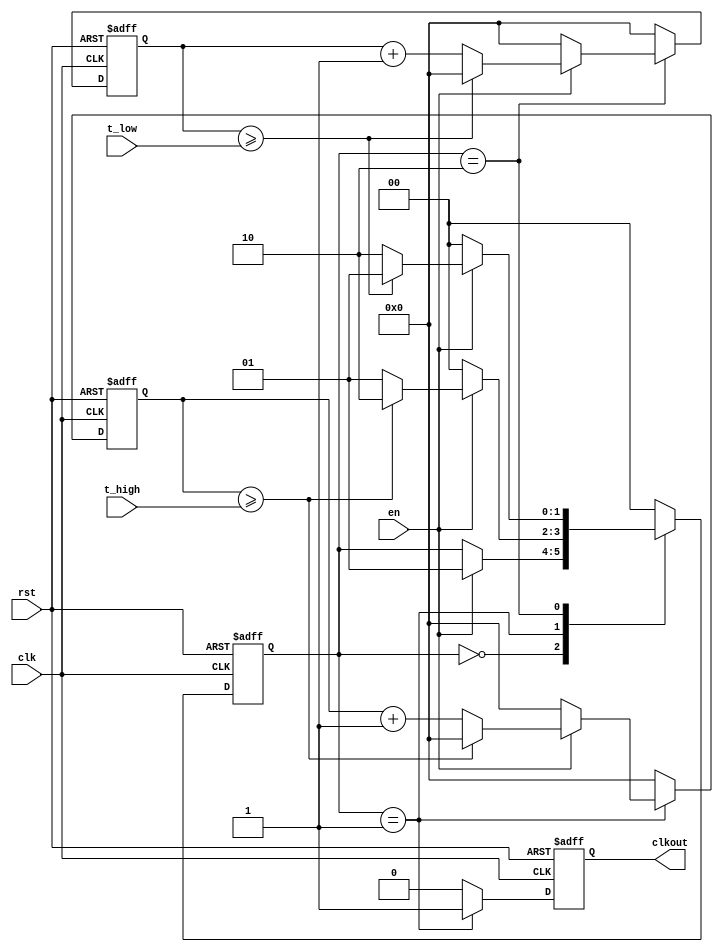
`timescale 1ns / 1ps

// purpose: after spi_master has entered all values, control global shutter for LEDs
// inputs: rst, en, clk, on_win, off_win
// outputs: led_on




module clkdivcounter_v1(
	//from FPGA
	rst, //reset
	en, //enable
	clk, //100MHz clock
	t_high, //number of clock periods for shutter high
	t_low, //number of clock periods for shutter low
	
	//to IC
	clkout
);

//input
input wire rst;
input wire en;
input wire clk;
input wire [31:0] t_high;
input wire [31:0] t_low;

//output
output reg clkout;

//internals
reg [31:0] cnt_high;
reg [31:0] cnt_low;

//state internal
reg [1:0] state;

//states
parameter IDLE = 2'b00;
parameter HIGH = 2'b01;
parameter LOW = 2'b10;



//sequential logic
always @(posedge clk or posedge rst) begin
	if(rst) begin
		clkout <= 1'b0;
		cnt_high <= 32'b0;
		cnt_low <= 32'b0;
		state <= IDLE;
	end else begin
		case(state)
			IDLE: begin
				clkout <= 1'b0;
				cnt_high	<= 32'b0;
				cnt_low	<= 32'b0;
				if(en) begin
					state <= HIGH;
				end
			end
		
			HIGH: begin
				clkout <= 1'b1;
				cnt_low	<= 32'b0;
				if(en) begin
					if(cnt_high >= t_high) begin
						cnt_high <= 32'b0;
						state <= LOW;
					end else begin
						cnt_high	<= cnt_high + 1'b1;
						state <= HIGH;
					end
				end else begin
					cnt_high <= 32'b0;
					state <= IDLE;
				end
			end
				
			LOW: begin
				clkout <= 1'b0;
				cnt_high	<= 32'b0;
				if(en) begin			
					if(cnt_low >= t_low) begin
						cnt_low <= 32'b0;
						state <= HIGH;
					end else begin
						cnt_low	<= cnt_low + 1'b1;
						state <= LOW;
					end
				end else begin
					cnt_low <= 32'b0;
					state <= IDLE;
				end
			end
						
			default: begin //same behaviour as reset clause
				clkout <= 1'b0;
				cnt_high	<= 32'b0;
				cnt_low	<= 32'b0;
				state <= IDLE;
			end
		endcase
	end
end

endmodule